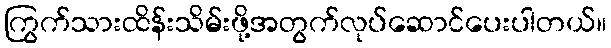
ကြွက်သားထိန်းသိမ်းဖို့အတွက်လုပ်ဆောင်ပေးပါတယ်။